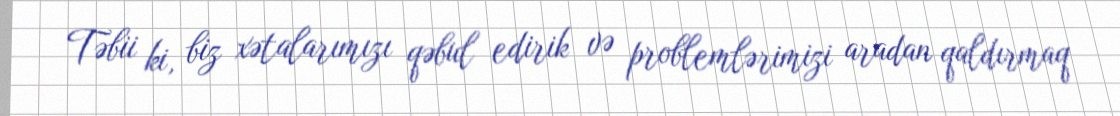
Təbii ki, biz xətalarımızı qəbul edirik və problemlərimizi aradan qaldırmaq